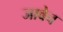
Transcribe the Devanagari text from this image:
जावेच